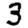
Digit: 3